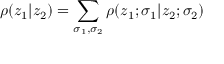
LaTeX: \rho ( z _ { 1 } | z _ { 2 } ) = \sum _ { \sigma _ { 1 } , \sigma _ { 2 } } \rho ( z _ { 1 } ; \sigma _ { 1 } | z _ { 2 } ; \sigma _ { 2 } )